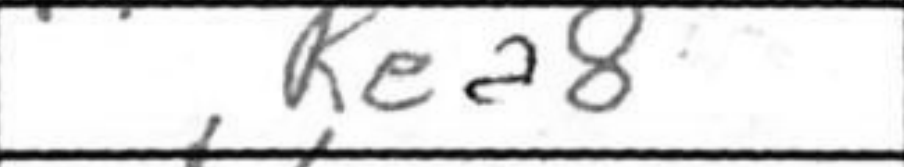
Transcription: Rea8